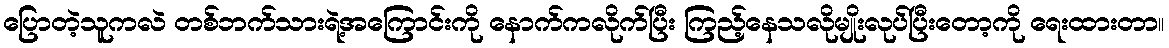
ပြောတဲ့သူကလဲ တစ်ဘက်သားရဲ့အကြောင်းကို နောက်ကလိုက်ပြီး ကြည့်နေသလိုမျိုးလုပ်ပြီးတော့ကို ရေးထားတာ။